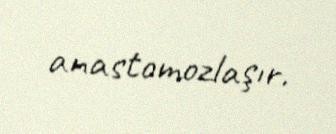
anastomozlaşır.